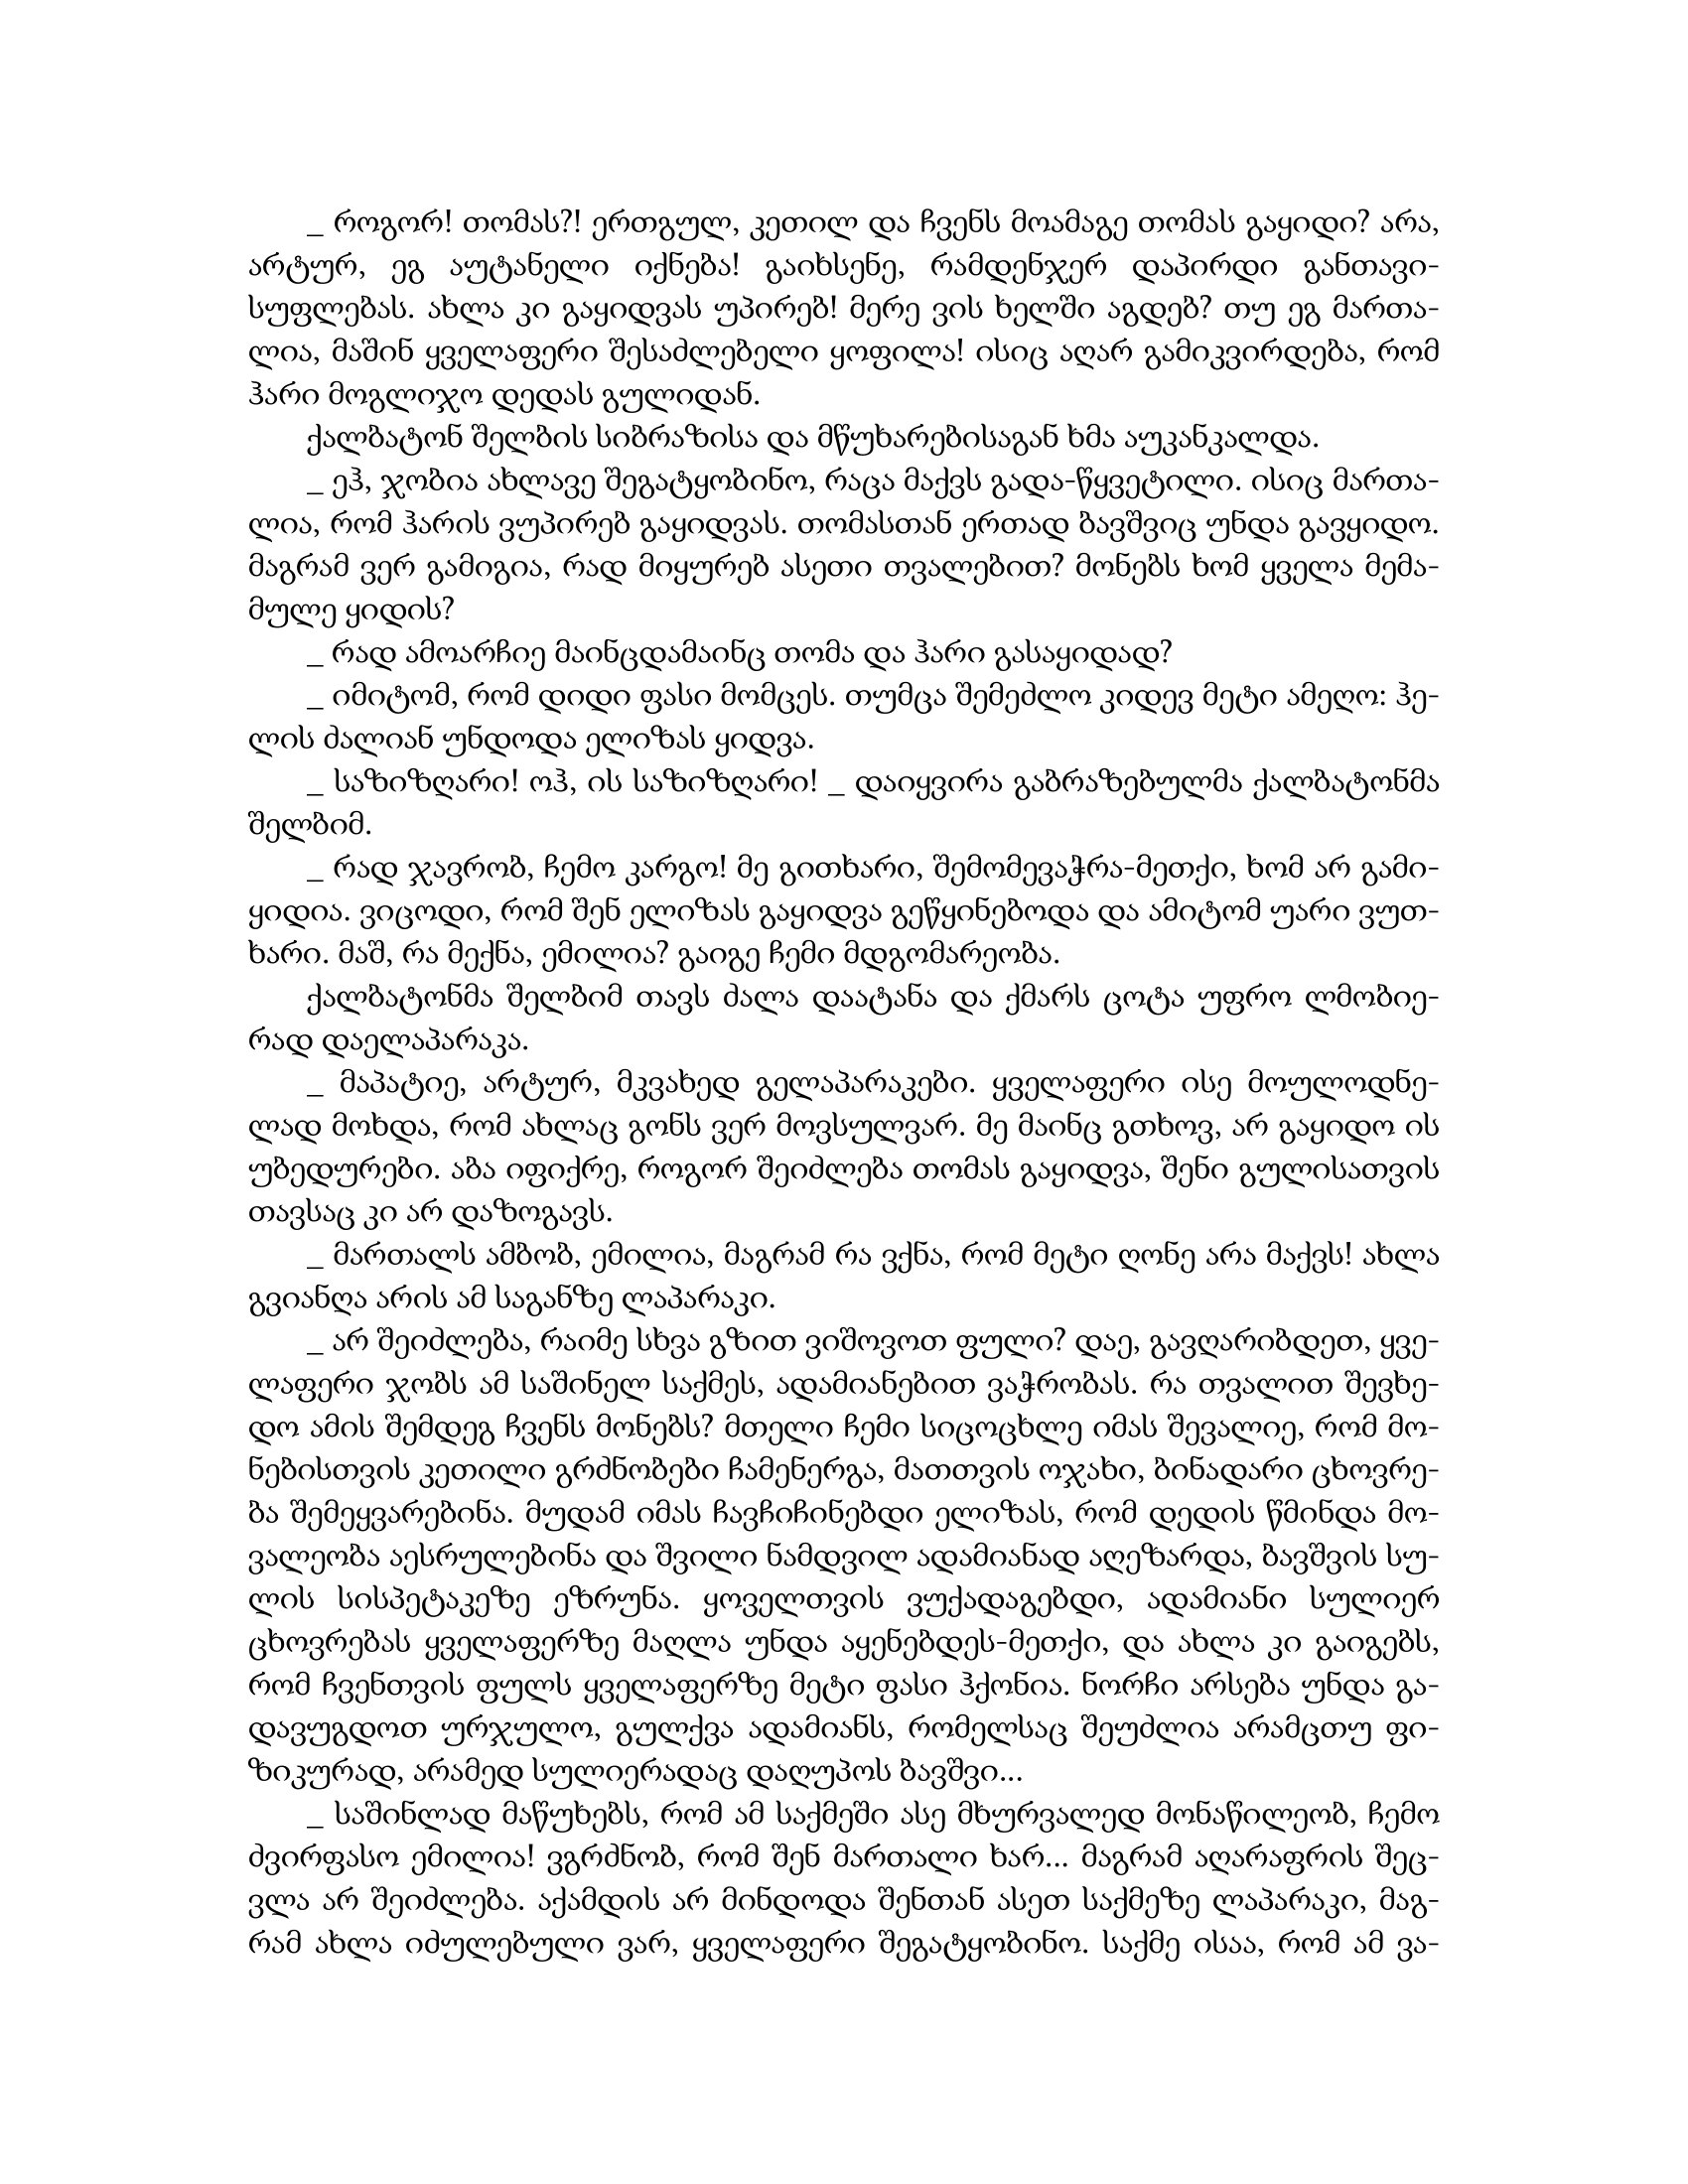
Language: gr